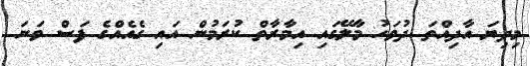
މިދިޔަ އާދިއްތަ ދުވަހު މާލޭގައި އިމާރާތް ކުރަމުން އައި ގެއެއްގެ ފަސް ވަނަ